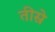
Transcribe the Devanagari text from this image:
तीस्रे